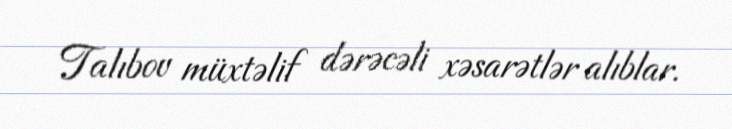
Talıbov müxtəlif dərəcəli xəsarətlər alıblar.